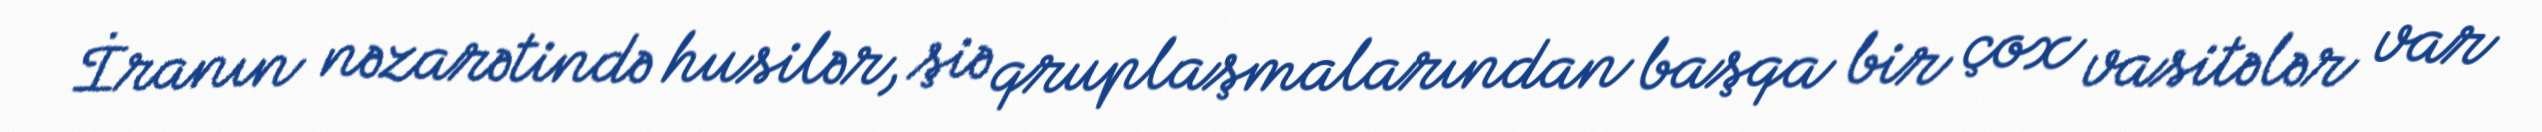
İranın nəzarətində husilər, şiə qruplaşmalarından başqa bir çox vasitələr var